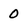
Character: 0